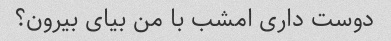
دوست داری امشب با من بیای بیرون؟